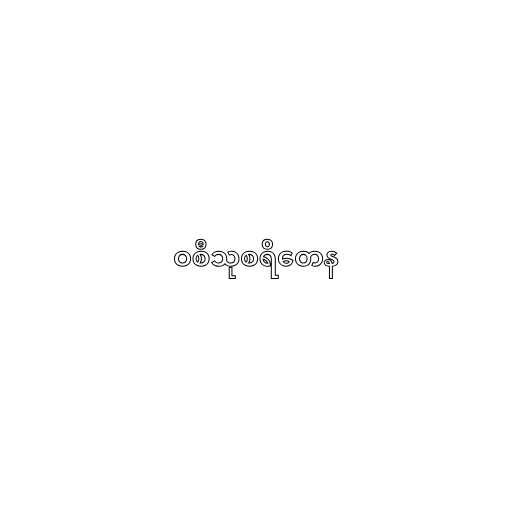
ဝစီသုစရိတေန